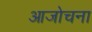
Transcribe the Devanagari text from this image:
आजोचना